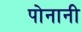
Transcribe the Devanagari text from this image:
पोनानी